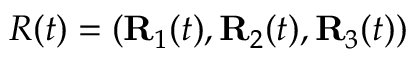
R ( t ) = ( { \bf R } _ { 1 } ( t ) , { \bf R } _ { 2 } ( t ) , { \bf R } _ { 3 } ( t ) )